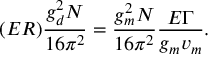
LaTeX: ( E R ) \frac { g _ { d } ^ { 2 } N } { 1 6 \pi ^ { 2 } } = \frac { g _ { m } ^ { 2 } N } { 1 6 \pi ^ { 2 } } \frac { E \Gamma } { g _ { m } v _ { m } } .